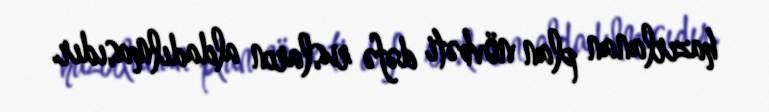
hazırlanan plan növbəti dəfə rusların aldadılmasıdır.